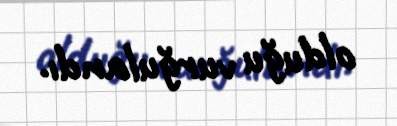
olduğu vurğulandı.